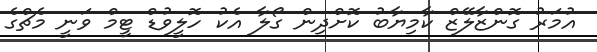
އުމަރު ގޮންޒާލޭޒް ކާމިޔާބު ކޮށްދިން ގޯލާ އެކު ހޮލީވުޑް ޓީމް ވަނީ މެޗްގެ